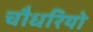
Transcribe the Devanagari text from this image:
चौधरियो